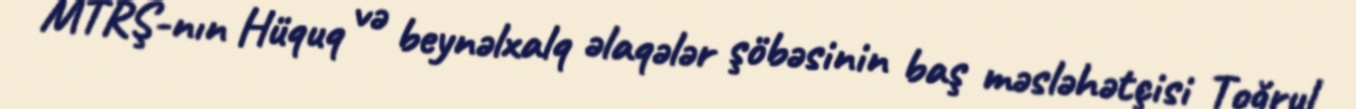
MTRŞ-nın Hüquq və beynəlxalq əlaqələr şöbəsinin baş məsləhətçisi Toğrul